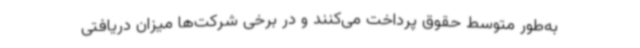
به‌طور متوسط حقوق پرداخت می‌کنند و در برخی شرکت‌ها میزان دریافتی